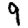
Digit: 9